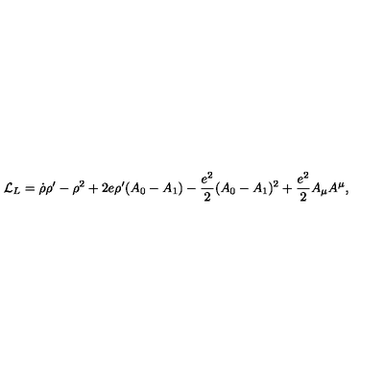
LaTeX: { \cal L } _ { L } = \dot { \rho } \rho ^ { \prime } - \rho ^ { 2 } + 2 e \rho ^ { \prime } ( A _ { 0 } - A _ { 1 } ) - { \frac { e ^ { 2 } } { 2 } } ( A _ { 0 } - A _ { 1 } ) ^ { 2 } + { \frac { e ^ { 2 } } { 2 } } A _ { \mu } A ^ { \mu } ,